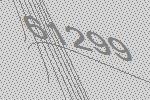
61299